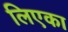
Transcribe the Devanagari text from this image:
लिएका